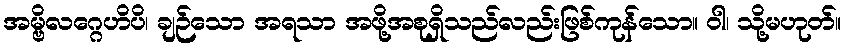
အမ္ဗိလဂ္ဂေဟိပိ၊ ချဉ်သော အရသာ အဖို့အစုရှိသည်လည်းဖြစ်ကုန်သော။ ဝါ၊ သို့မဟုတ်။